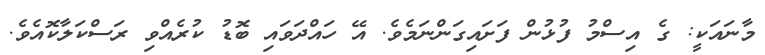
މާނައަކީ: ގެ އިސްމު ފުޅުން ފަށައިގަންނަމެވެ. އޭ ހައްދަވައި ބޮޑު ކުރެއްވި ރަސްކަލާކޮއެވެ.